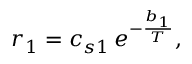
r _ { 1 } = c _ { s 1 } \, e ^ { - \frac { b _ { 1 } } { T } } ,